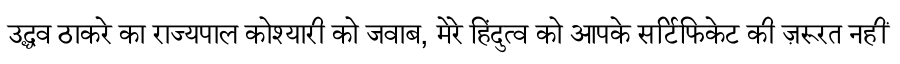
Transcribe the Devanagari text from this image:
उद्धव ठाकरे का राज्यपाल कोश्यारी को जवाब, मेरे हिंदुत्व को आपके सर्टिफिकेट की ज़रूरत नहीं